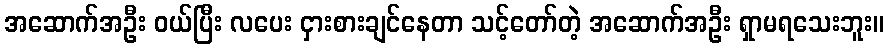
အဆောက်အဦး ဝယ်ပြီး လပေး ငှားစားချင်နေတာ သင့်တော်တဲ့ အဆောက်အဦး ရှာမရသေးဘူး။